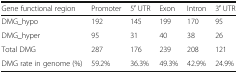
<table><thead><tr><td><b>Gene functional region</b></td><td><b>Promoter</b></td><td><b>5′ UTR</b></td><td><b>Exon</b></td><td><b>Intron</b></td><td><b>3′ UTR</b></td></tr></thead><tbody><tr><td>DMG_hypo</td><td>192</td><td>145</td><td>199</td><td>170</td><td>95</td></tr><tr><td>DMG_hyper</td><td>95</td><td>31</td><td>40</td><td>38</td><td>26</td></tr><tr><td>Total DMG</td><td>287</td><td>176</td><td>239</td><td>208</td><td>121</td></tr><tr><td>DMG rate in genome (%)</td><td>59.2%</td><td>36.3%</td><td>49.3%</td><td>42.9%</td><td>24.9%</td></tr></tbody></table>